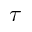
\tau